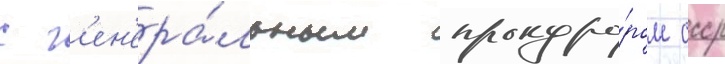
с г'ен'ера́льным прокуро́ром ссср